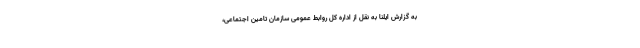
به گزارش ایلنا به نقل از اداره کل روابط عمومی سازمان تامین اجتماعی،